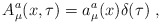
\begin{align*}A_{\mu}^{a} ( x, \tau ) = a_{\mu}^{a} ( x ) \delta ( \tau ) \; , \end{align*}